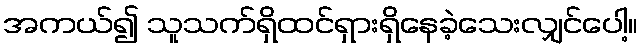
အကယ်၍ သူသက်ရှိထင်ရှားရှိနေခဲ့သေးလျှင်ပေါ့။